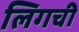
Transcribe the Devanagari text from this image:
लिगची